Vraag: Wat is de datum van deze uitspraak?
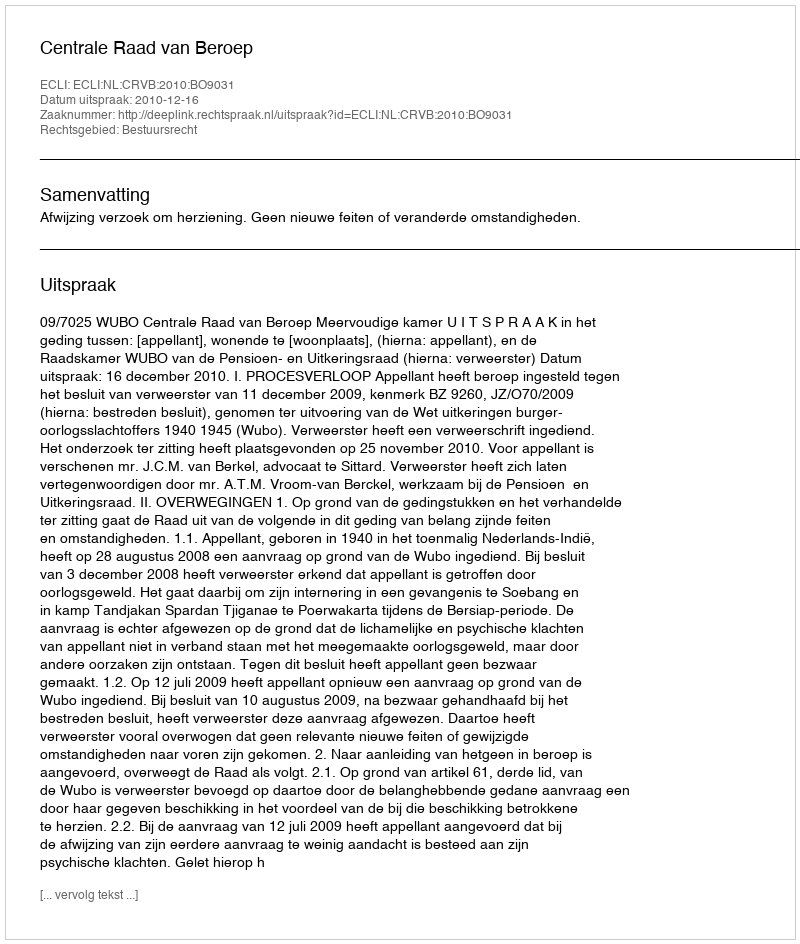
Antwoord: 2010-12-16